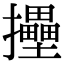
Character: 𢹮